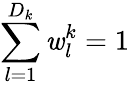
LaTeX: \sum_{l=1}^{D_{k}}\mathit{w}_{l}^{k}=1